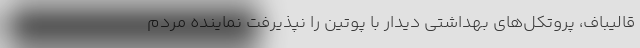
قالیباف، پروتکل‌های بهداشتی دیدار با پوتین را نپذیرفت نماینده مردم